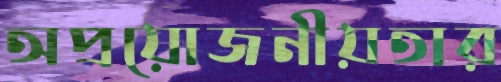
অপ্রয়োজনীয়তার